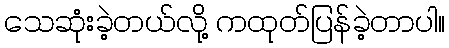
သေဆုံးခဲ့တယ်လို့ ကထုတ်ပြန်ခဲ့တာပါ။